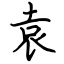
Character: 袁